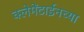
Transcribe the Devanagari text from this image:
क्लेमेंटाईनच्या